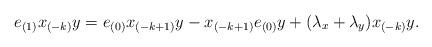
LaTeX: \begin{align*} e_{(1)}x_{(-k)}y = e_{(0)}x_{(-k+1)}y-x_{(-k+1)}e_{(0)}y+(\lambda_x+\lambda_y)x_{(-k)}y.\end{align*}